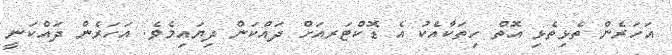
އަހަރެން ތެޅިތެޅި އޮތް ހިތަކާއެކު އެ ޑޮކްޓަރއަށް ދައްކަން ދިޔައިމެވެ. އަހަރެން ދައްކަނީ